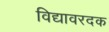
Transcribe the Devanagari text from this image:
विद्यावरदक